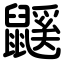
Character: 鼷